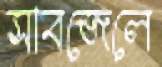
সাবজেলে